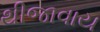
થીજાવાય